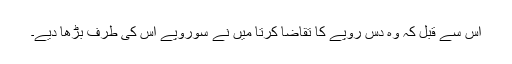
اس سے قبل کہ وہ دس روپے کا تقاضا کرتا میں نے سوروپے اس کی طرف بڑھا دیے۔